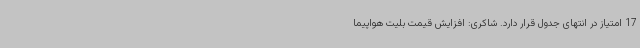
17 امتیاز در انتهای جدول قرار دارد. شاکری: افزایش قیمت بلیت هواپیما